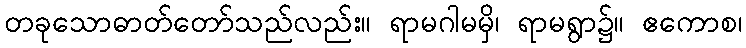
တခုသောဓာတ်တော်သည်လည်း။ ရာမဂါမမှိ၊ ရာမရွာ၌။ ဧကောစ၊